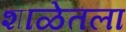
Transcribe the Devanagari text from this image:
शाळेतला